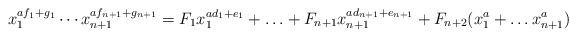
LaTeX: \begin{align*}x_1^{af_1+g_1}\cdots x_{n+1} ^{af_{n+1} + g_{n+1}}=F_1x_1^{ad_1+e_1} + \ldots + F_{n+1} x_{n+1}^{ad_{n+1}+e_{n+1}}+ F_{n+2}(x_1^a + \ldots x_{n+1}^a)\end{align*}